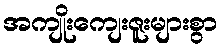
အကျိုးကျေးဇူးများစွာ